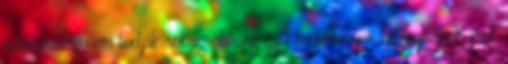
valószínűleg nem tudják sokáig olvasni. A tudományos bizonyítékok csak